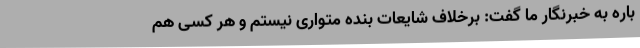
باره به خبرنگار ما گفت: برخلاف شایعات بنده متواری نیستم و هر کسی هم